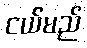
ငယ်မည်